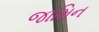
જામિન